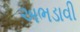
અભડાવી